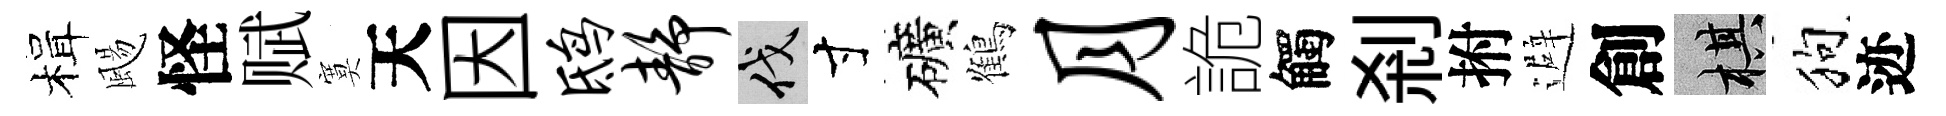
楫颺怪赋寞天因鸱静伐寸礦鶴月詭觸剎拊避創棋狗迹